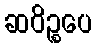
ဆဝိဉ္စပေ